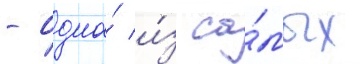
- одна́ и́з са́мых